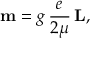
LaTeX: \mathbf { m } = g \, { \frac { e } { 2 \mu } } \, \mathbf { L } ,